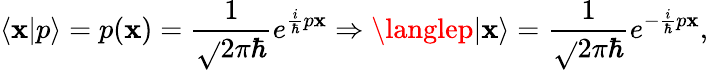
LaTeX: \langle\mathbf{x}|p\rangle=p(\mathbf{x})={\frac{{1}}{{\sqrt{}{{2\pi\hbar}}}}}e^{{\frac{{i}}{{\hbar}}}p\mathbf{x}}\Rightarrow\langlep|\mathbf{x}\rangle={\frac{{1}}{{\sqrt{}{{2\pi\hbar}}}}}e^{-{\frac{{i}}{{\hbar}}}p\mathbf{x}},